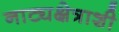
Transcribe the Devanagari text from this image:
नाट्यक्षेत्राशी